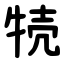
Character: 㸿